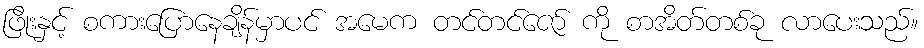
ဖြိုးနှင့် စကားပြောနေချိန်မှာပင် အမေက တင်တင်ဇော် ကို စာအိတ်တစ်ခု လာပေးသည်။